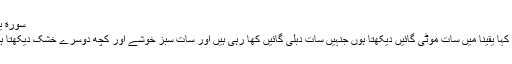
سورة یوسف - آیت 43
” اور بادشاہ نے کہا یقیناً میں سات موٹی گائیں دیکھتا ہوں جنہیں سات دبلی گائیں کھا رہی ہیں اور سات سبز خوشے اور کچھ دوسرے خشک دیکھتا ہوں اے درباریو!